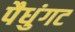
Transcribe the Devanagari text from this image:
पैधुंगट